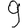
Digit: 9